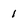
Character: 1